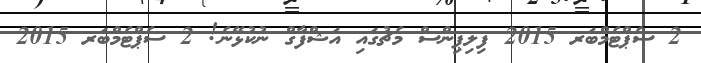
2 ސެޕްޓެމްބަރ 2015 ފިލިޕިންސް މެޗުގައި އަޝްފާގް ނުކުޅޭނެ! 2 ސެޕްޓެމްބަރ 2015